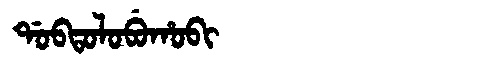
Manchu: ᡩᠣᠪᡨᠣᠯᠣᠪᡠᡥᠣᠪᡳ
Romanization: DOBTOLOBUHOBI